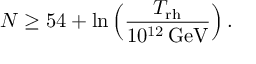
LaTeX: N \geq 5 4 + \ln \Big ( { \frac { T _ { \mathrm { r h } } } { 1 0 ^ { 1 2 } \, \mathrm { G e V } } } \Big ) \, .